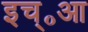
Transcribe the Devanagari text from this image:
इच्॰आ